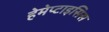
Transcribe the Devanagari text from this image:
हेमेप्टाइसिस